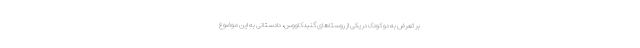
بر تعرض به دو کودک در یکی از روستاهای گنبدکاووس، دادستانی به این موضوع